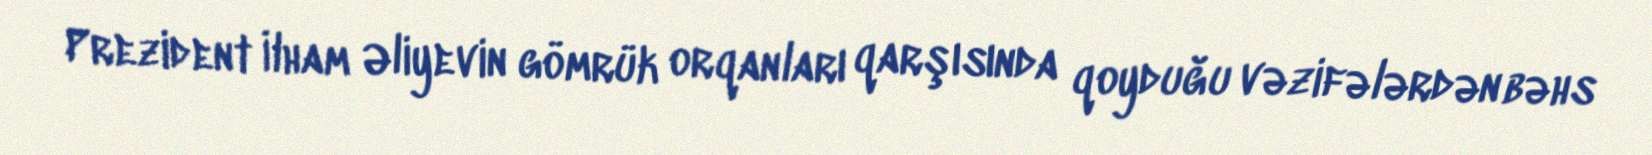
Prezident İlham Əliyevin gömrük orqanları qarşısında qoyduğu vəzifələrdən bəhs